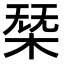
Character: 𣓢